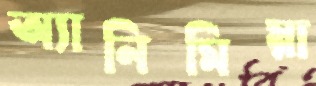
অ্যানিমিয়া